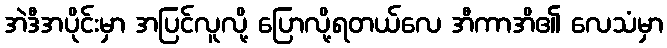
အဲဒီအပိုင်းမှာ အပြင်လူလို့ ပြောလို့ရတယ်လေ အီကာအိ၏ လေသံမှာ